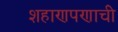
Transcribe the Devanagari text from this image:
शहाणपणाची